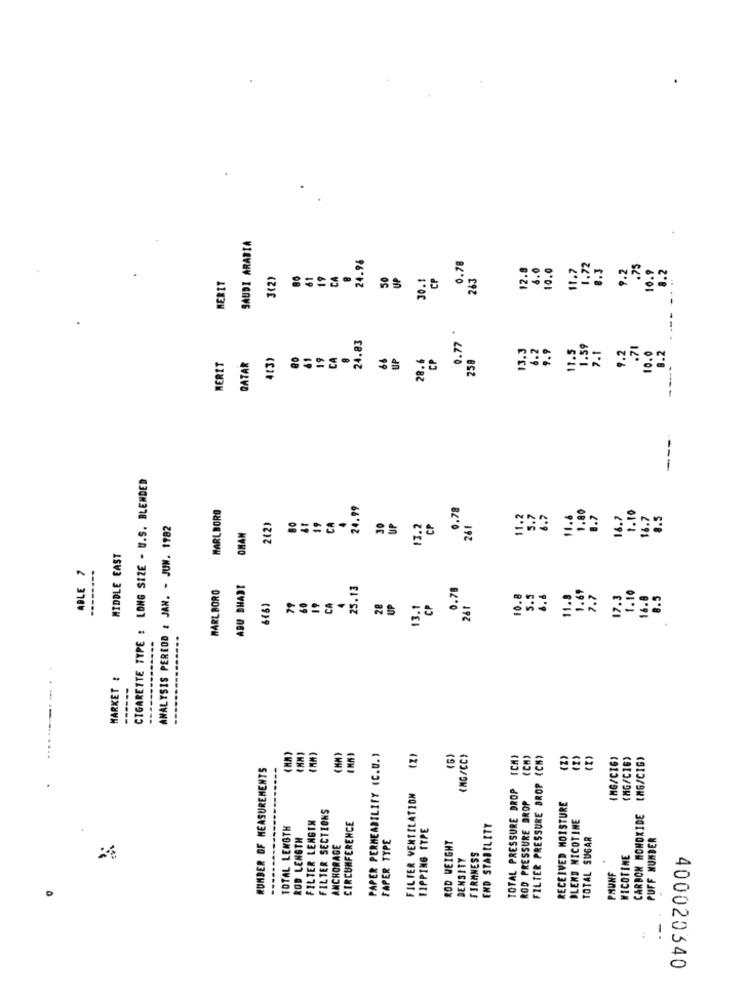
SAUDI ARABIA
24.98
0.78
12.8
1.0
10.0
1.7
1.72
8.3
9.2
.75
0.9
8.2
61
19
CA
50
UP
30.1
CP
243
MERIT
--
24.83
0.77
3.3
6.2
9.9
1.59
7.1
9.2
.71
10.0
8.2
QATAR
4(3)
61
19
CA
66
UP
28.6
CP
258
1.5
MERET
---
CIGARETTE TYPE : LONG SIZE - U.S. BLENDED
MARLBORO
24.99
0.78
80
11.
5.7
6.7
11.6
1.80
1.7
16.7
1.10
16.7
8.5
ANALYSIS PEREOD : JAN. - JUN. 1982
242)
CA
30
UP
13.2
CP
26F
OMAN
MIDDLE EAST
ABLE 7
--------
MARLBORO
ABU DHABI
25.13
0.78
19
10.8
5.5
11.8
1.69
7.7
17.3
1.10
16.8
8.5
CA
28
UP
13.1
CP
261
---
MARKET :
PAPER PERMEABILITY (C.D. )
(Z)
(6)
(MG/CC)
(CH)
FILTER PRESSURE DROP (CH)
IMG/CIG)
(MG/CIE)
(MG/CIG>
NUMBER OF MEASUREMENTS
TOTAL PRESSURE DROP
FILTER VENTILATION
ROD PRESSURE DROP
FILTER SECTIONS
RECEIVED MOISTURE
CARBON MONOXIDE
FILTER LENGTH
BLEND NICOTINE
TOTAL LENGTH
CIRCUMFERENCE
TIPPING ITPE
END STABILITY
ROD LENGTH
FAPER TYPE
TOTAL SUGAR
PUFF NUMBER
ANCHORAGE
ROD WEIGHT
DENSITY
FIRMNESS
NICOTINE
PMUNF
400020340